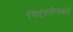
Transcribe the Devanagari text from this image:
गिएस्लेनबर्ग